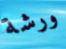
ورشة